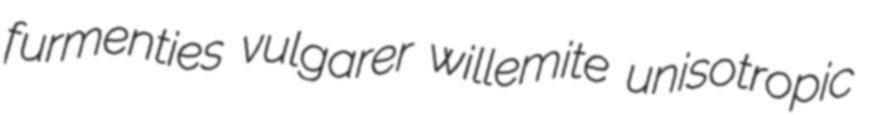
furmenties vulgarer willemite unisotropic